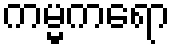
ကမ္မကရော